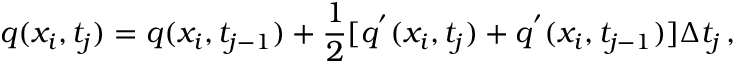
q ( x _ { i } , t _ { j } ) = q ( x _ { i } , t _ { j - 1 } ) + \frac { 1 } { 2 } [ q ^ { ' } ( x _ { i } , t _ { j } ) + q ^ { ' } ( x _ { i } , t _ { j - 1 } ) ] \Delta t _ { j } \, ,